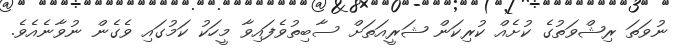
ނުވަތަ ރިޝްވަތުގެ ކުށެއް ކުރިކަން ޝަރީއަތަށް ސާބިތުވެފައިވާ މީހަކު ކަމުގައި ވެގެން ނުވާނެއެވެ.